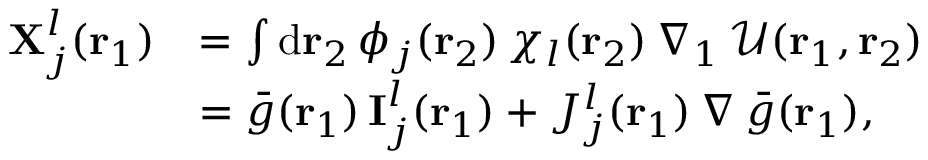
\begin{array} { r l } { \mathbf { X } _ { j } ^ { l } ( { \mathbf { r } _ { 1 } } ) } & { = \int \mathrm { d } { \mathbf { r } _ { 2 } } \, \phi _ { j } ( { \mathbf { r } _ { 2 } } ) \, \chi _ { l } ( { \mathbf { r } _ { 2 } } ) \, \nabla _ { 1 } \, \mathcal { U } ( { \mathbf { r } _ { 1 } } , { \mathbf { r } _ { 2 } } ) } \\ & { = \bar { g } ( { \mathbf { r } _ { 1 } } ) \, \mathbf { I } _ { j } ^ { l } ( { \mathbf { r } _ { 1 } } ) + J _ { j } ^ { l } ( { \mathbf { r } _ { 1 } } ) \, \nabla \, \bar { g } ( { \mathbf { r } _ { 1 } } ) \mathrm { , } } \end{array}